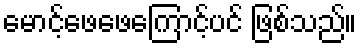
မောင့်ဖေဖေကြောင့်ပင် ဖြစ်သည်။